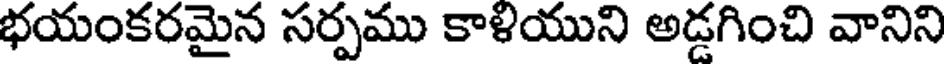
భయంకరమైన సర్పము కాళియుని అడ్డగించి వానిని